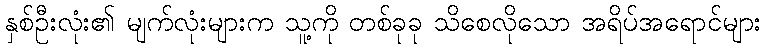
နှစ်ဦးလုံး၏ မျက်လုံးများက သူ့ကို တစ်ခုခု သိစေလိုသော အရိပ်အရောင်များ